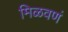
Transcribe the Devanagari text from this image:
मिळवणं